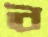
ব